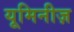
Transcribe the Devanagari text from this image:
यूमिनीज़